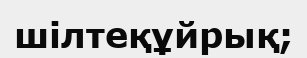
шілтеқұйрық;